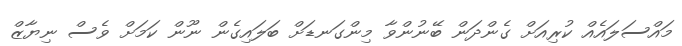
މައްސަލައެއް ކުރިއަށް ގެންދަން ބޭނުންވާ މިންގަނޑަށް ބަލައިގެން ނޫން ކަމަށް ވެސް ނިޔާޒް